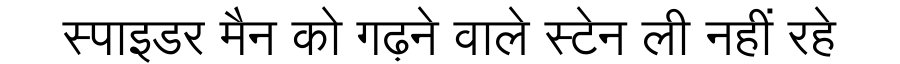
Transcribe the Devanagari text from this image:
स्पाइडर मैन को गढ़ने वाले स्टेन ली नहीं रहे